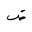
Letter: _dad